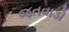
જતવાડો